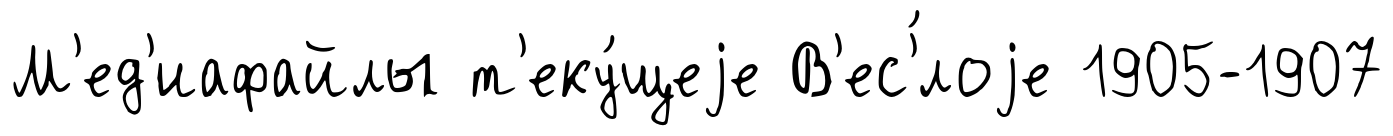
М'ед'иафайлы т'еку́щеjе В'ес'́лоjе 1905-1907